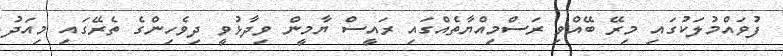
ފުވައްމުލަކުގައި މިރޭ ބޭއްވި ރަސްމިއްޔާތެއްގައި ރައީސް ޔާމީން ވިދާޅުވީ ދިވެހިންގެ ތެރޭގައި މިއަދު